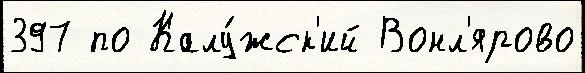
397 по Калу́жск'ий Вонл'ярово